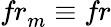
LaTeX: \textit{fr}_{m}\equiv\textit{fr}